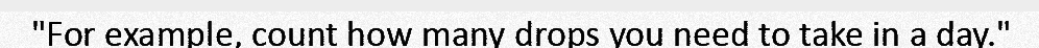
"For example, count how many drops you need to take in a day."